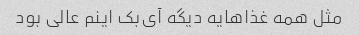
مثل همه غذاهایه دیگه آی‌بک اینم عالی بود